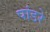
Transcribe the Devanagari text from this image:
पांडरे